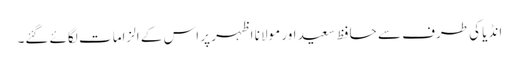
انڈیا کی طرف سے حافظ سعید اور مولانا اظہر پر اس کے الزامات لگائے گئے۔